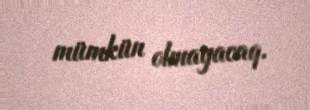
mümkün olmayacaq.